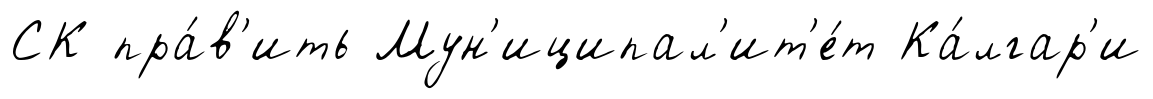
СК пра́в'ить Мун'иципал'ит'е́т Ка́лгар'и